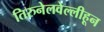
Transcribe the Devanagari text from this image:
तिरुनेलवेल्लीहून